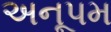
અનૂપમ